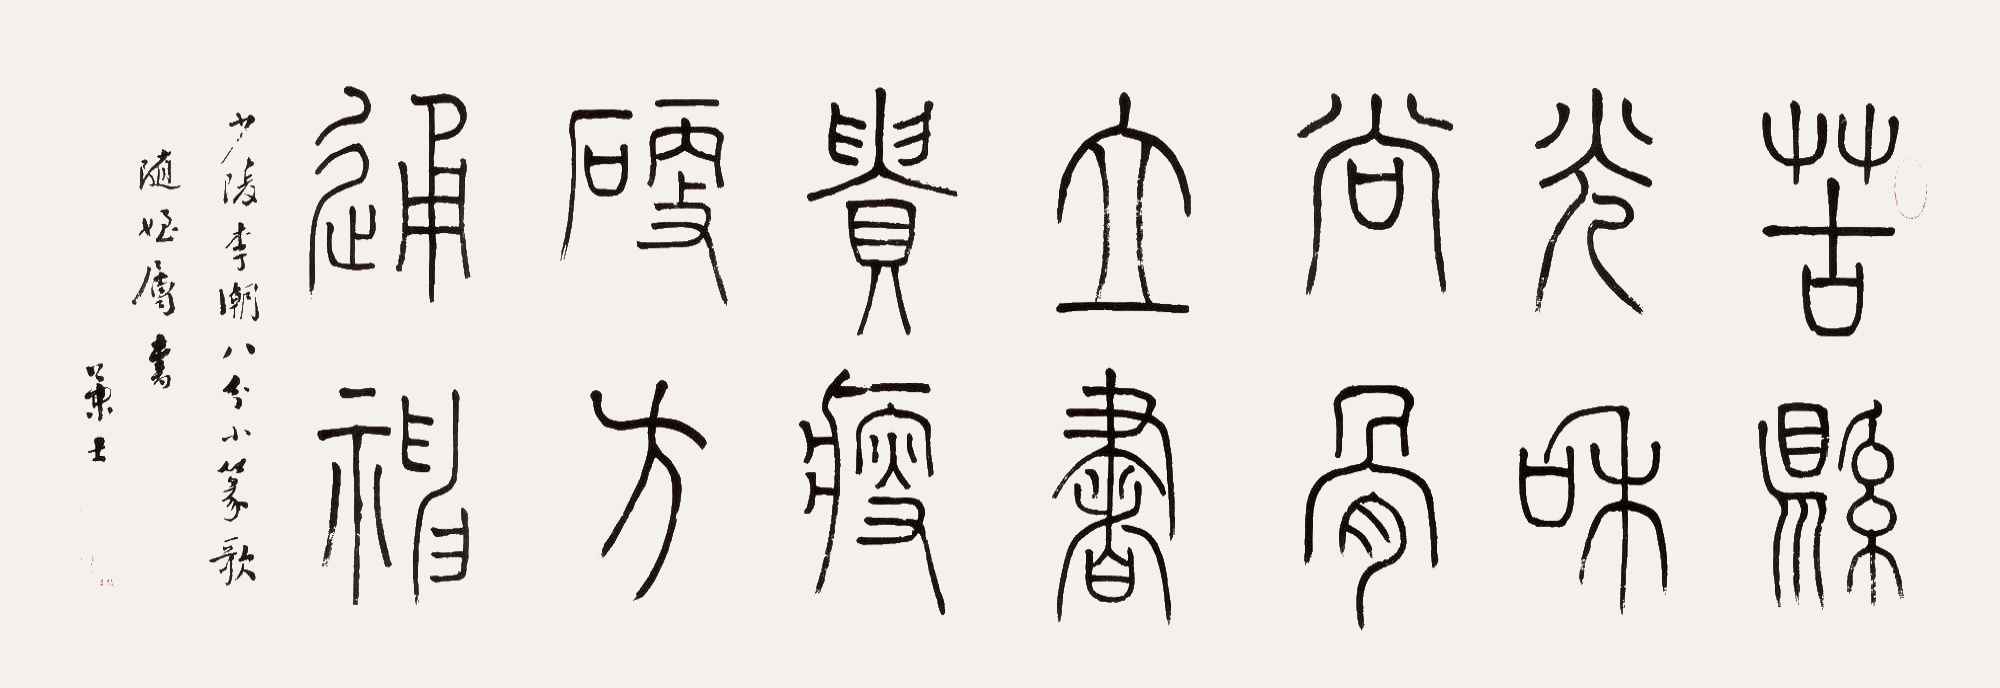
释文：苦县光和尚骨立，书贵瘦硬方通神。。少陵李潮八分小篆歌，随侄属书，兼士。